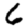
Digit: 6